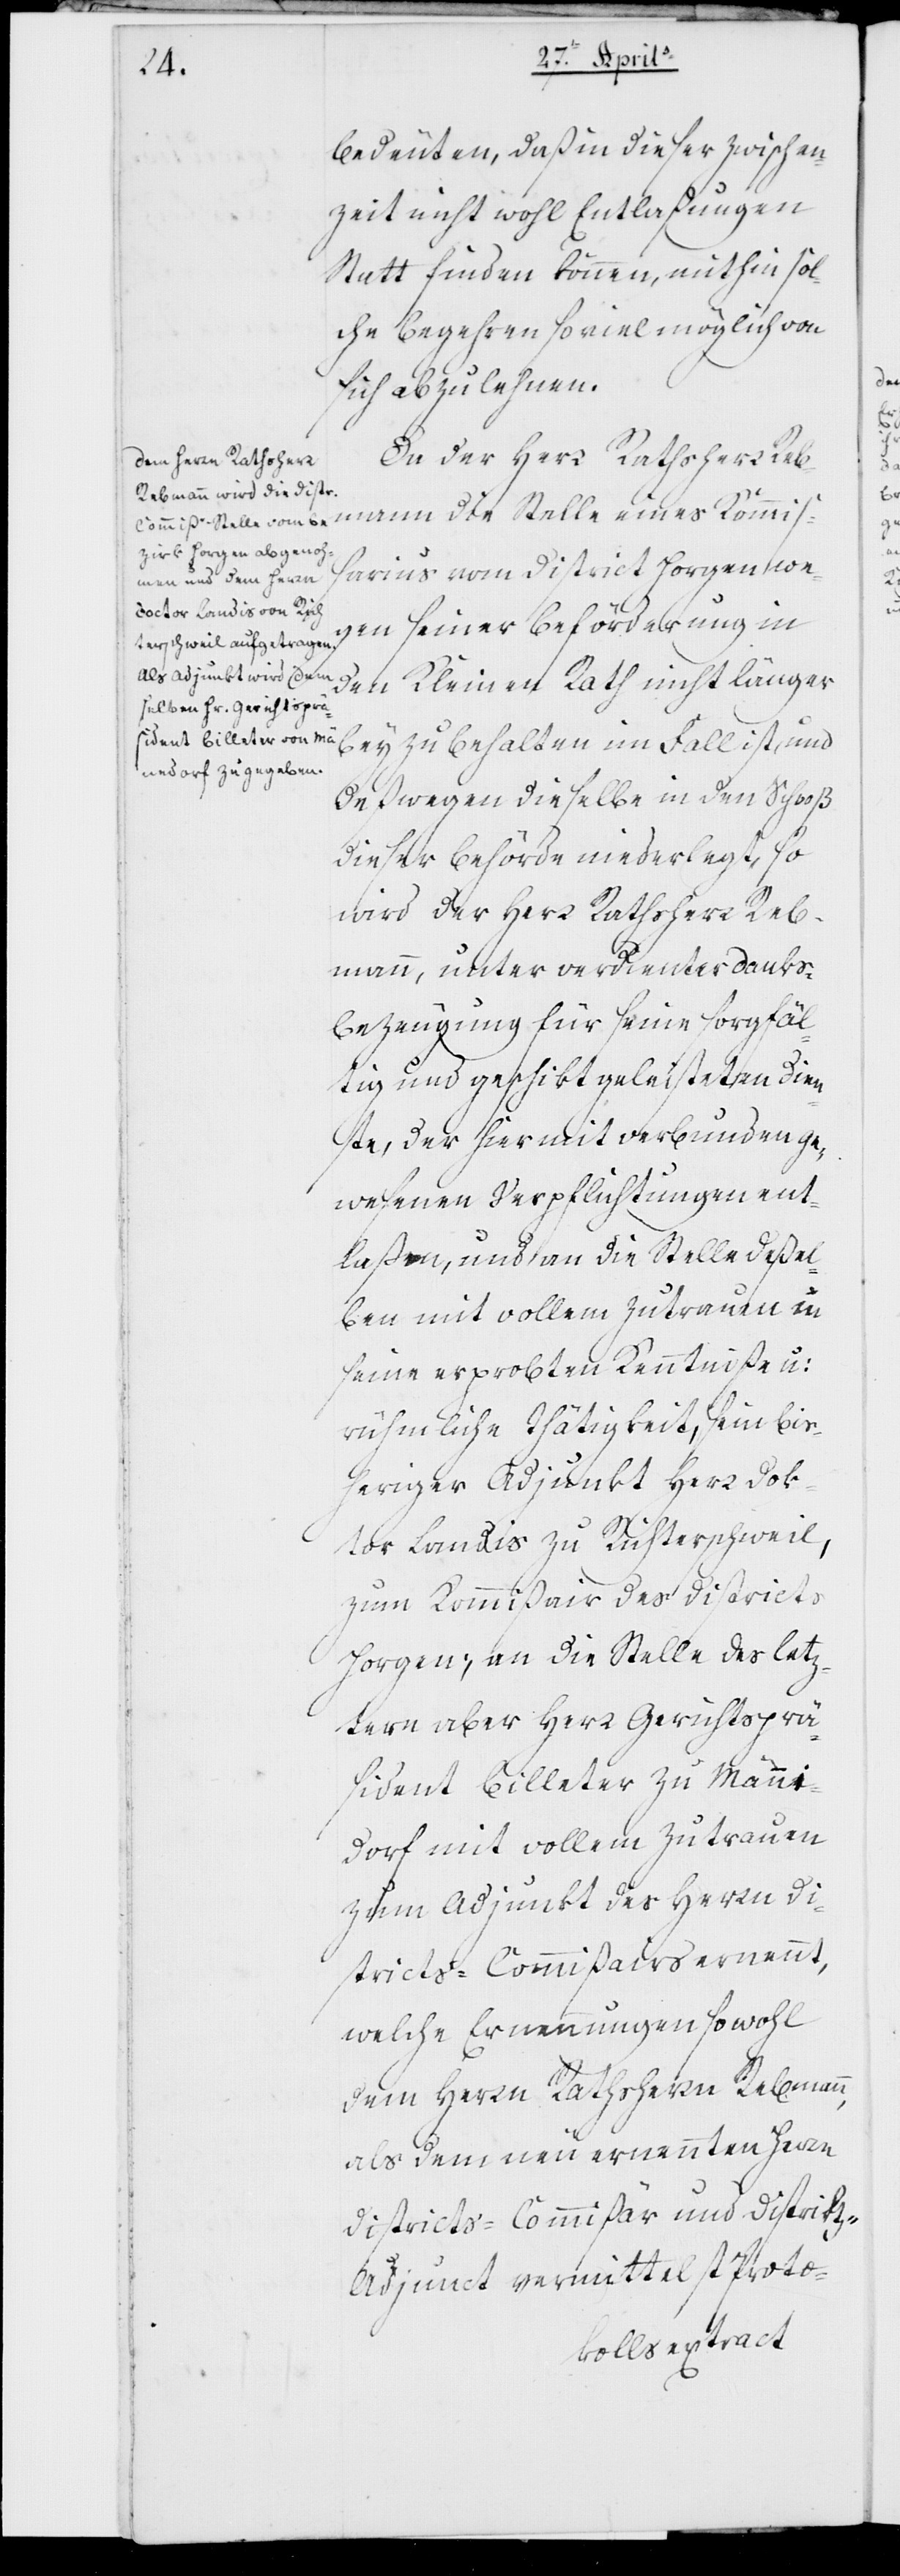
bedeuten, daß in dieser Zwischen¬
zeit nicht wohl Entlaßungen
stattfinden können, mithin sol¬
che Begehren soviel möglich von
sich abzulehnen.
Da der Herr Rathsherr Reb¬
mann die Stelle eines Kommiß¬
arius vom District Horgen we¬
gen seiner Beförderung in
den Kleinen Rath nicht länger
beizubehalten im Fall ist, und
deßwegen dieselbe in den Schoß
dieser Behörde niederlegt, so
wird der Herr Rathsherr Reb¬
mann unter verdienter Danks¬
bezeugung für seine sorgfäl¬
tig und geschickt geleisteten Dien¬
ste, der hiermit verbunden ge¬
wesenen Verpflichtungen ent¬
laßen, und an die Stelle deßel¬
ben mit vollem Zutrauen in
seine erprobten Kenntniße und
rühmliche Tätigkeit, sein bis¬
heriger Adjunkt Herr Dok¬
tor Landis zu Richterschweil,
zum Kommißair des Districts
Horgen, an die Stelle des letz¬
tern aber Herr Gerichtsprä¬
sident Billeter zu Männe¬
dorf mit vollem Zutrauen
zum Adjunkt des Herrn Di¬
stricts-Kommißairs ernannt,
welche Ernennungen sowohl
dem Herrn Rathsherrn Rebmann,
als dem neu ernannten Herrn
Districts-Kommißair und District¬
s-Adjunkt vermittelst Proto-